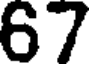
67